Civil Veterinary Dept. Assam report 1911-1927 - 1911-1927
Year: 1911
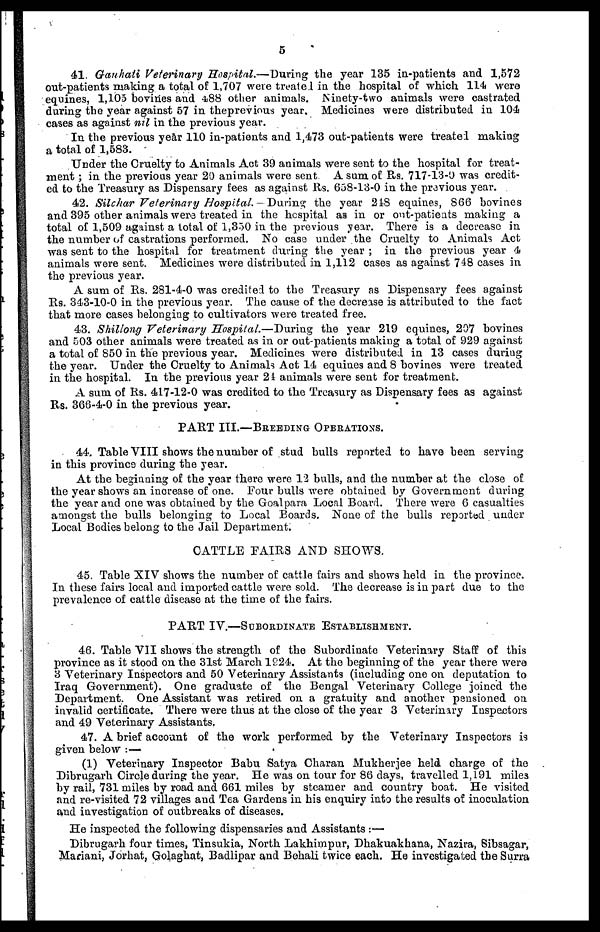
5
41. Ganhati Veterinary Hospital.—During the year 135 in-patients and 1,572
out-patients making a total of 1,707 were treated in the hospital of which 114 were
equines, 1,105 bovines and 488 other animals. Ninety-two animals were castrated
during the year against 57 in theprevious year. Medicines were distributed in 104
cases as against nil in the previous year.
In the previous year 110 in-patients and 1,473 out-patients were treated making
a total of 1,583.
Under the Cruelty to Animals Act 39 animals were sent to the hospital for treat-
ment; in the previous year 20 animals were sent. A sum of Rs. 717-13-0 was credit-
ed to the Treasury as Dispensary fees as against Rs. 658-13-0 in the previous year.
42. Silchar Veterinary Hospital.—During the year 218 equines, 866 bovines
and 395 other animals were treated in the hospital as in or out-patients making a
total of 1,509 against a total of 1,350 in the previous year. There is a decrease in
the number of castrations performed. No case under the Cruelty to Animals Act
was sent to the hospital for treatment during the year; in the previous year 4
animals were sent. Medicines were distributed in 1,112 cases as against 748 cases in
the previous year.
A sum of Rs. 281-4-0 was credited to the Treasury as Dispensary fees against
Rs. 343-10-0 in the previous year. The cause of the decrease is attributed to the fact
that more cases belonging to cultivators were treated free.
43. Shillong Veterinary Hospital.—During the year 219 equines, 207 bovines
and 503 other animals were treated as in or out-patients making a total of 929 against
a total of 850 in the previous year. Medicines were distributed in 13 cases during
the year. Under the Cruelty to Animals Act 14 equines and 8 bovines were treated
in the hospital. In the previous year 24 animals were sent for treatment.
A sum of Rs. 417-12-0 was credited to the Treasury as Dispensary fees as against
Rs. 366-4-0 in the previous year.
PART III.—BREEDING OPERATIONS.
44. Table VIII shows the number of stud bulls reported to have been serving
in this province during the year.
At the beginning of the year there were 12 bulls, and the number at the close of
the year shows an increase of one. Four bulls were obtained by Government during
the year and one was obtained by the Goalpara Local Board. There were 6 casualties
amongst the bulls belonging to Local Boards. None of the bulls reported under
Local Bodies belong to the Jail Department.
CATTLE FAIRS AND SHOWS.
45. Table XIV shows the number of cattle fairs and shows held in the province.
In these fairs local and imported cattle were sold. The decrease is in part due to the
prevalence of cattle disease at the time of the fairs.
PART IV.—SUBORDINATE ESTABLISHMENT.
46. Table VII shows the strength of the Subordinate Veterinary Staff of this
province as it stood on the 31st March 1924. At the beginning of the year there were
3 Veterinary Inspectors and 50 Veterinary Assistants (iucluding one on deputation to
Iraq Government). One graduate of the Bengal Veterinary College joined the
Department. One Assistant was retired on a gratuity and another pensioned on
invalid certificate. There were thus at the close of the year 3 Veterinary Inspectors
and 49 Veterinary Assistants.
47. A brief account of the work performed by the Veterinary Inspectors is
given below:—
(1) Veterinary Inspector Babu Satya Charan Mukherjee held charge of the
Dibrugarh Circle during the year. He was on tour for 86 days, travelled 1,191 miles
by rail, 731 miles by road and 661 miles by steamer and country boat. He visited
and re-visited 72 villages and Tea Gardens in his enquiry into the results of inoculation
and investigation of outbreaks of diseases.
He inspected the following dispensaries and Assistants:—
Dibrugarh four times, Tinsukia, North Lakhimpur, Dhakuakhana, Nazira, Sibsagar,
Mariani, Jorhat, Golaghat, Badlipar and Behali twice each. He investigated the Surra